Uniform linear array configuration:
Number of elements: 64
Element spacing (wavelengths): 0.25
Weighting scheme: uniform
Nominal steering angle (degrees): -15
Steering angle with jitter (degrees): -16.265
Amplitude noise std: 0.05
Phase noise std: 0.05

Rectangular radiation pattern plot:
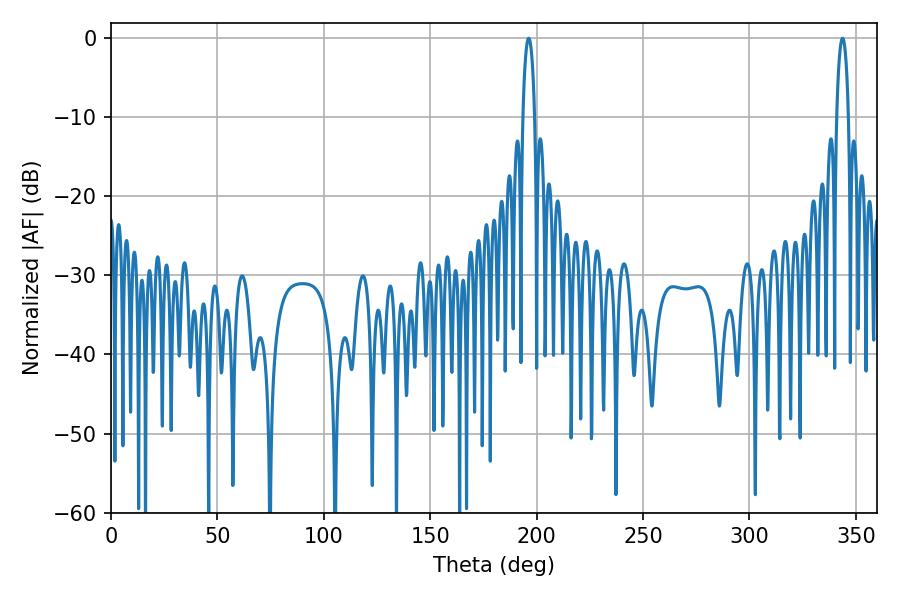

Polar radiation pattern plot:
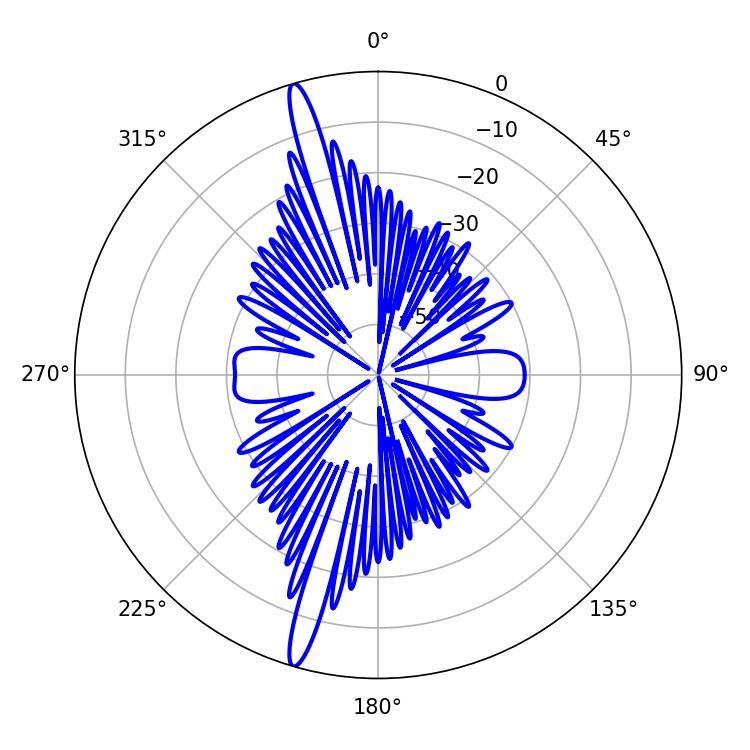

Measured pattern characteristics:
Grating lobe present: FALSE
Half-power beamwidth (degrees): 3.06
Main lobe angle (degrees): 196.2